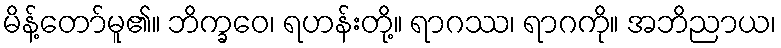
မိန့်တော်မူ၏။ ဘိက္ခဝေ၊ ရဟန်းတို့။ ရာဂဿ၊ ရာဂကို။ အဘိညာယ၊